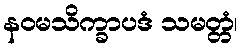
နဝမသိက္ခာပဒံ သမတ္တံ၊